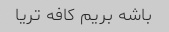
باشه بریم کافه تریا